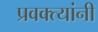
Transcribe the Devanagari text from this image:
प्रवक्त्यांनी